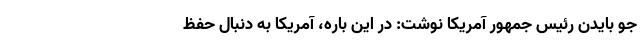
جو بایدن رئیس جمهور آمریکا نوشت: در این باره، آمریکا به دنبال حفظ